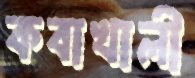
কবাখালী